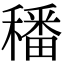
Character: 𥢌